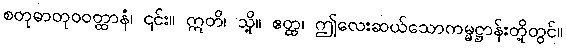
စတုဓာတုဝဝတ္ထာနံ၊ ၎င်း။ ဣတိ၊ သို့။ ဧတ္ထ၊ ဤလေးဆယ်သောကမ္မဋ္ဌာန်းတို့တွင်။